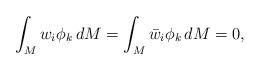
LaTeX: \begin{align*}\int_Mw_i\phi_k\, dM=\int_M\bar w_i\phi_k\, dM=0,\end{align*}